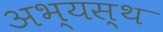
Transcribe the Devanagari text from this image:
अभ्यस्थ